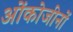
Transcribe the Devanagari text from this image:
ओंकोजीनों